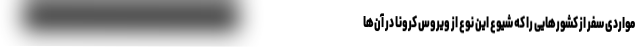
مواردی سفر از کشورهایی را که شیوع این نوع از ویروس کرونا در آن‌ها